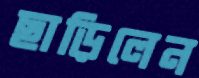
ছাড়িলেন